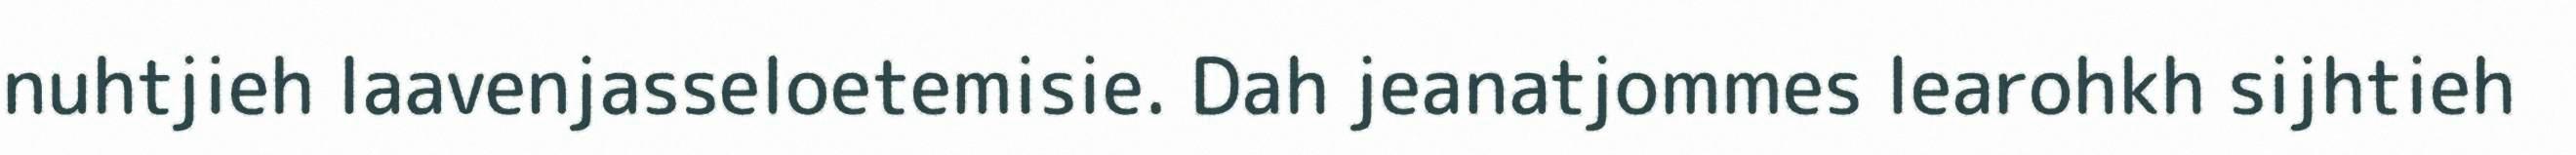
nuhtjieh laavenjasseloetemisie. Dah jeanatjommes learohkh sijhtieh